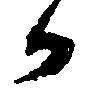
か